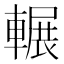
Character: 輾